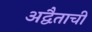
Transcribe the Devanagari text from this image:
अद्वैताची